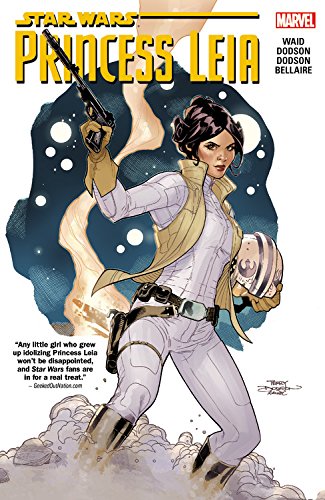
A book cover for Star Wars: Princess Leia; Mark Waid; Comics & Graphic Novels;